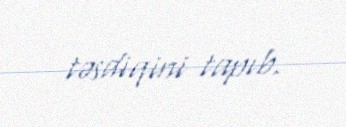
təsdiqini tapıb.